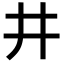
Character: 井